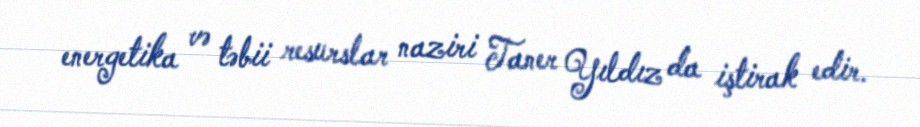
energetika və təbii resurslar naziri Taner Yıldız da iştirak edir.